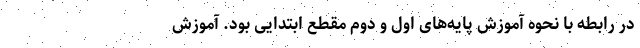
در رابطه با نحوه آموزش پایه‌های اول و دوم مقطع ابتدایی بود. آموزش